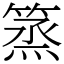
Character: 篜